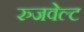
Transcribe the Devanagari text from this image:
रुजवेल्ट